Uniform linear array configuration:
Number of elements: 12
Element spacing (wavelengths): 0.75
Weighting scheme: cosine
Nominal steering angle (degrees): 60
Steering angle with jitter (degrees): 61.621
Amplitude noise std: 0.05
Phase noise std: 0.05

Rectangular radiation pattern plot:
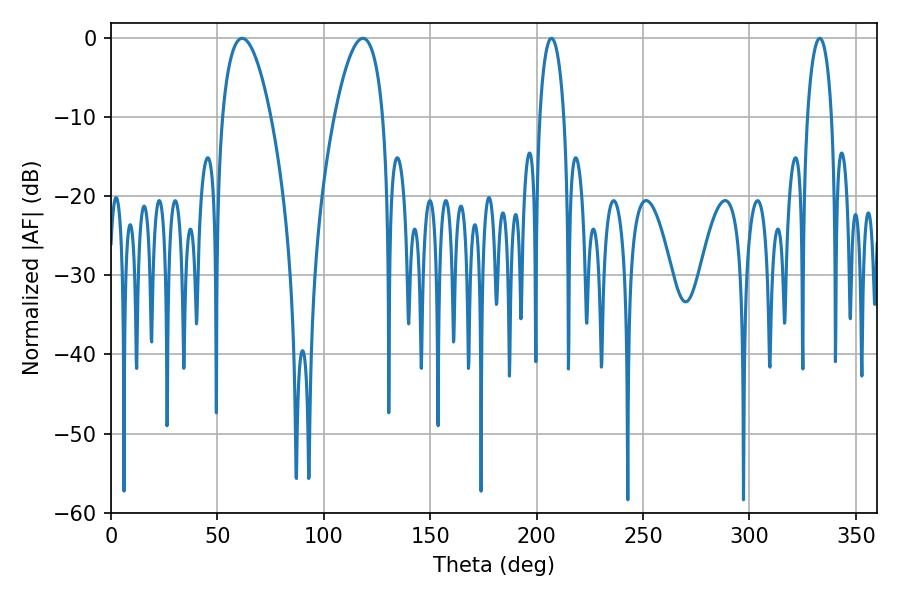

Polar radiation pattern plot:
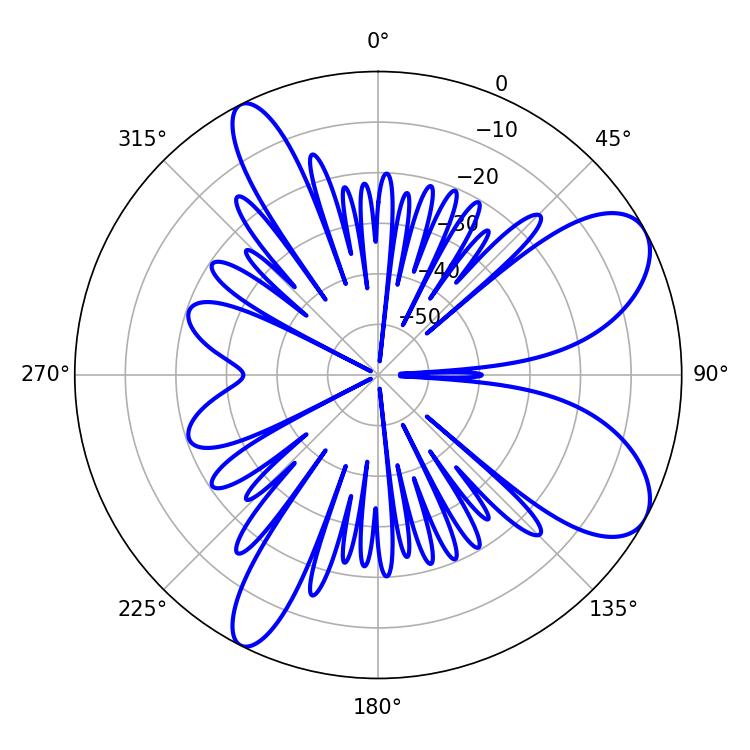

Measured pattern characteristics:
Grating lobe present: TRUE
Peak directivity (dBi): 8.187
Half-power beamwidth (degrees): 6.48
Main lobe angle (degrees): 207